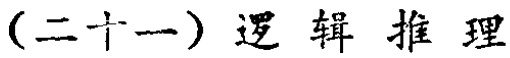
（二十一）逻辑推理